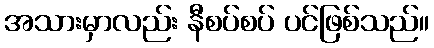
အသားမှာလည်း နီစပ်စပ် ပင်ဖြစ်သည်။